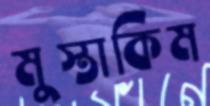
মুস্তাকিম